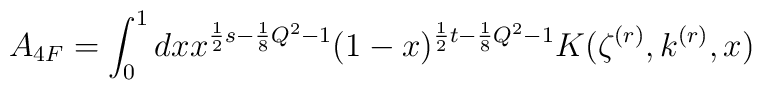
A_{4F}=\int _{0}^{1}dx x^{\frac{1}{2}s-\frac{1}{8}Q^2-1}(1-x)^{\frac{1}{2}t-\frac{1}{8}Q^2-1}K(\zeta ^{(r)},k^{(r)},x)